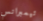
تيمبرانس